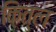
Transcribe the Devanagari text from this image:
क़ित्ल